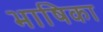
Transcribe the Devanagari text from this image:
भाषिका